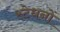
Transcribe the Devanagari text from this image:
स्टेधनों